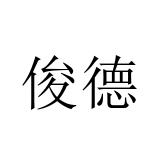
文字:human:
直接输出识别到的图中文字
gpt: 俊德